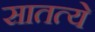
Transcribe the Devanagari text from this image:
सातत्ये